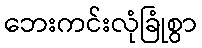
ဘေးကင်းလုံခြုံစွာ